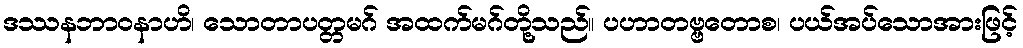
ဒဿနဘာဝနာဟိ၊ သောတာပတ္တမဂ် အထက်မဂ်တို့သည်။ ပဟာတဗ္ဗတောစ၊ ပယ်အပ်သောအားဖြင့်